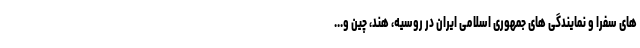
های سفرا و نمایندگی های جمهوری اسلامی ایران در روسیه، هند، چین و...